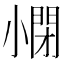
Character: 𡮥